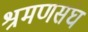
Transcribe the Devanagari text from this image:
श्रमणसंघ